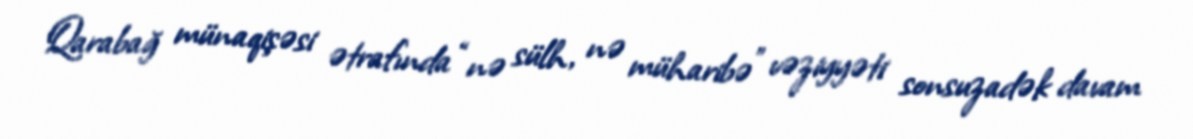
Qarabağ münaqişəsi ətrafında “nə sülh, nə müharibə” vəziyyəti sonsuzadək davam